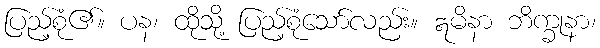
ပြည့်စုံ၏။ ပန၊ ထိုသို့ ပြည့်စုံသော်လည်း။ ဣမိနာ ဘိက္ခုနာ၊